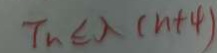
T _ { n } \epsilon \lambda ( n + 4 )